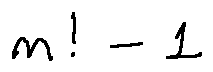
n ! - 1